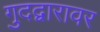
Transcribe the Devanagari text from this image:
गुदद्वारावर